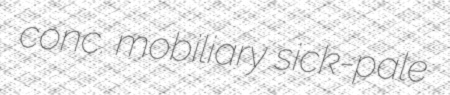
conc. mobiliary sick-pale